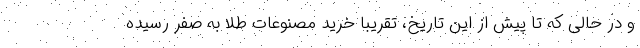
و در حالی که تا پیش از این تاریخ، تقریبا خرید مصنوعات طلا به صفر رسیده